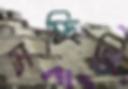
সচ্ছিলি